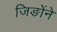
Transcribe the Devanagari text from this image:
जिङोंने